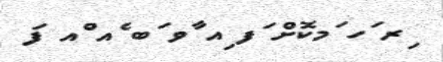
ިރ ަހ ަމކޮށް ަފ ިއ ާވ ަބ ެއ ްއ ފަ